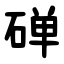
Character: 䃅